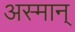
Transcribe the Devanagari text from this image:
अस्मान्